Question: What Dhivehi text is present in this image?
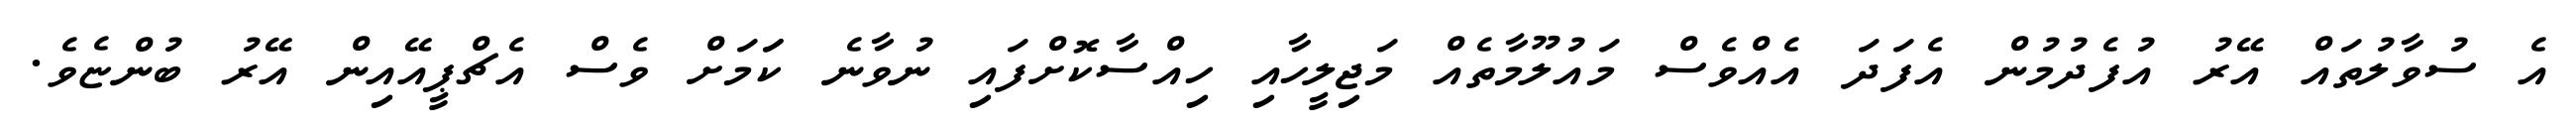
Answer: އެ ސުވާލުތައް އޭރު އުފެދުމުން އެފަދަ އެއްވެސް މައުލޫމާތެއް މަޖިލީހާއި ހިއްސާކޮށްފައި ނުވާނެ ކަަމަށް ވެސް އެޗްޕީއޭއިން އޭރު ބުންޏެވެ.